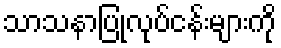
သာသနာပြုလုပ်ငန်းများကို